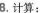
8.计算：